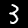
Digit: 3